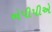
એપીપીએ